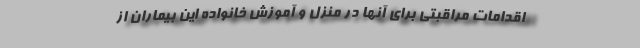
اقدامات مراقبتی برای آنها در منزل و آموزش خانواده این بیماران از